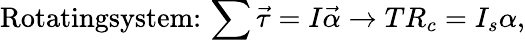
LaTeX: \textrm{Rotatingsystem:}\, \sum\vec{\tau}=I\vec{\alpha}\rightarrow TR_{c}=I_{s}\alpha,